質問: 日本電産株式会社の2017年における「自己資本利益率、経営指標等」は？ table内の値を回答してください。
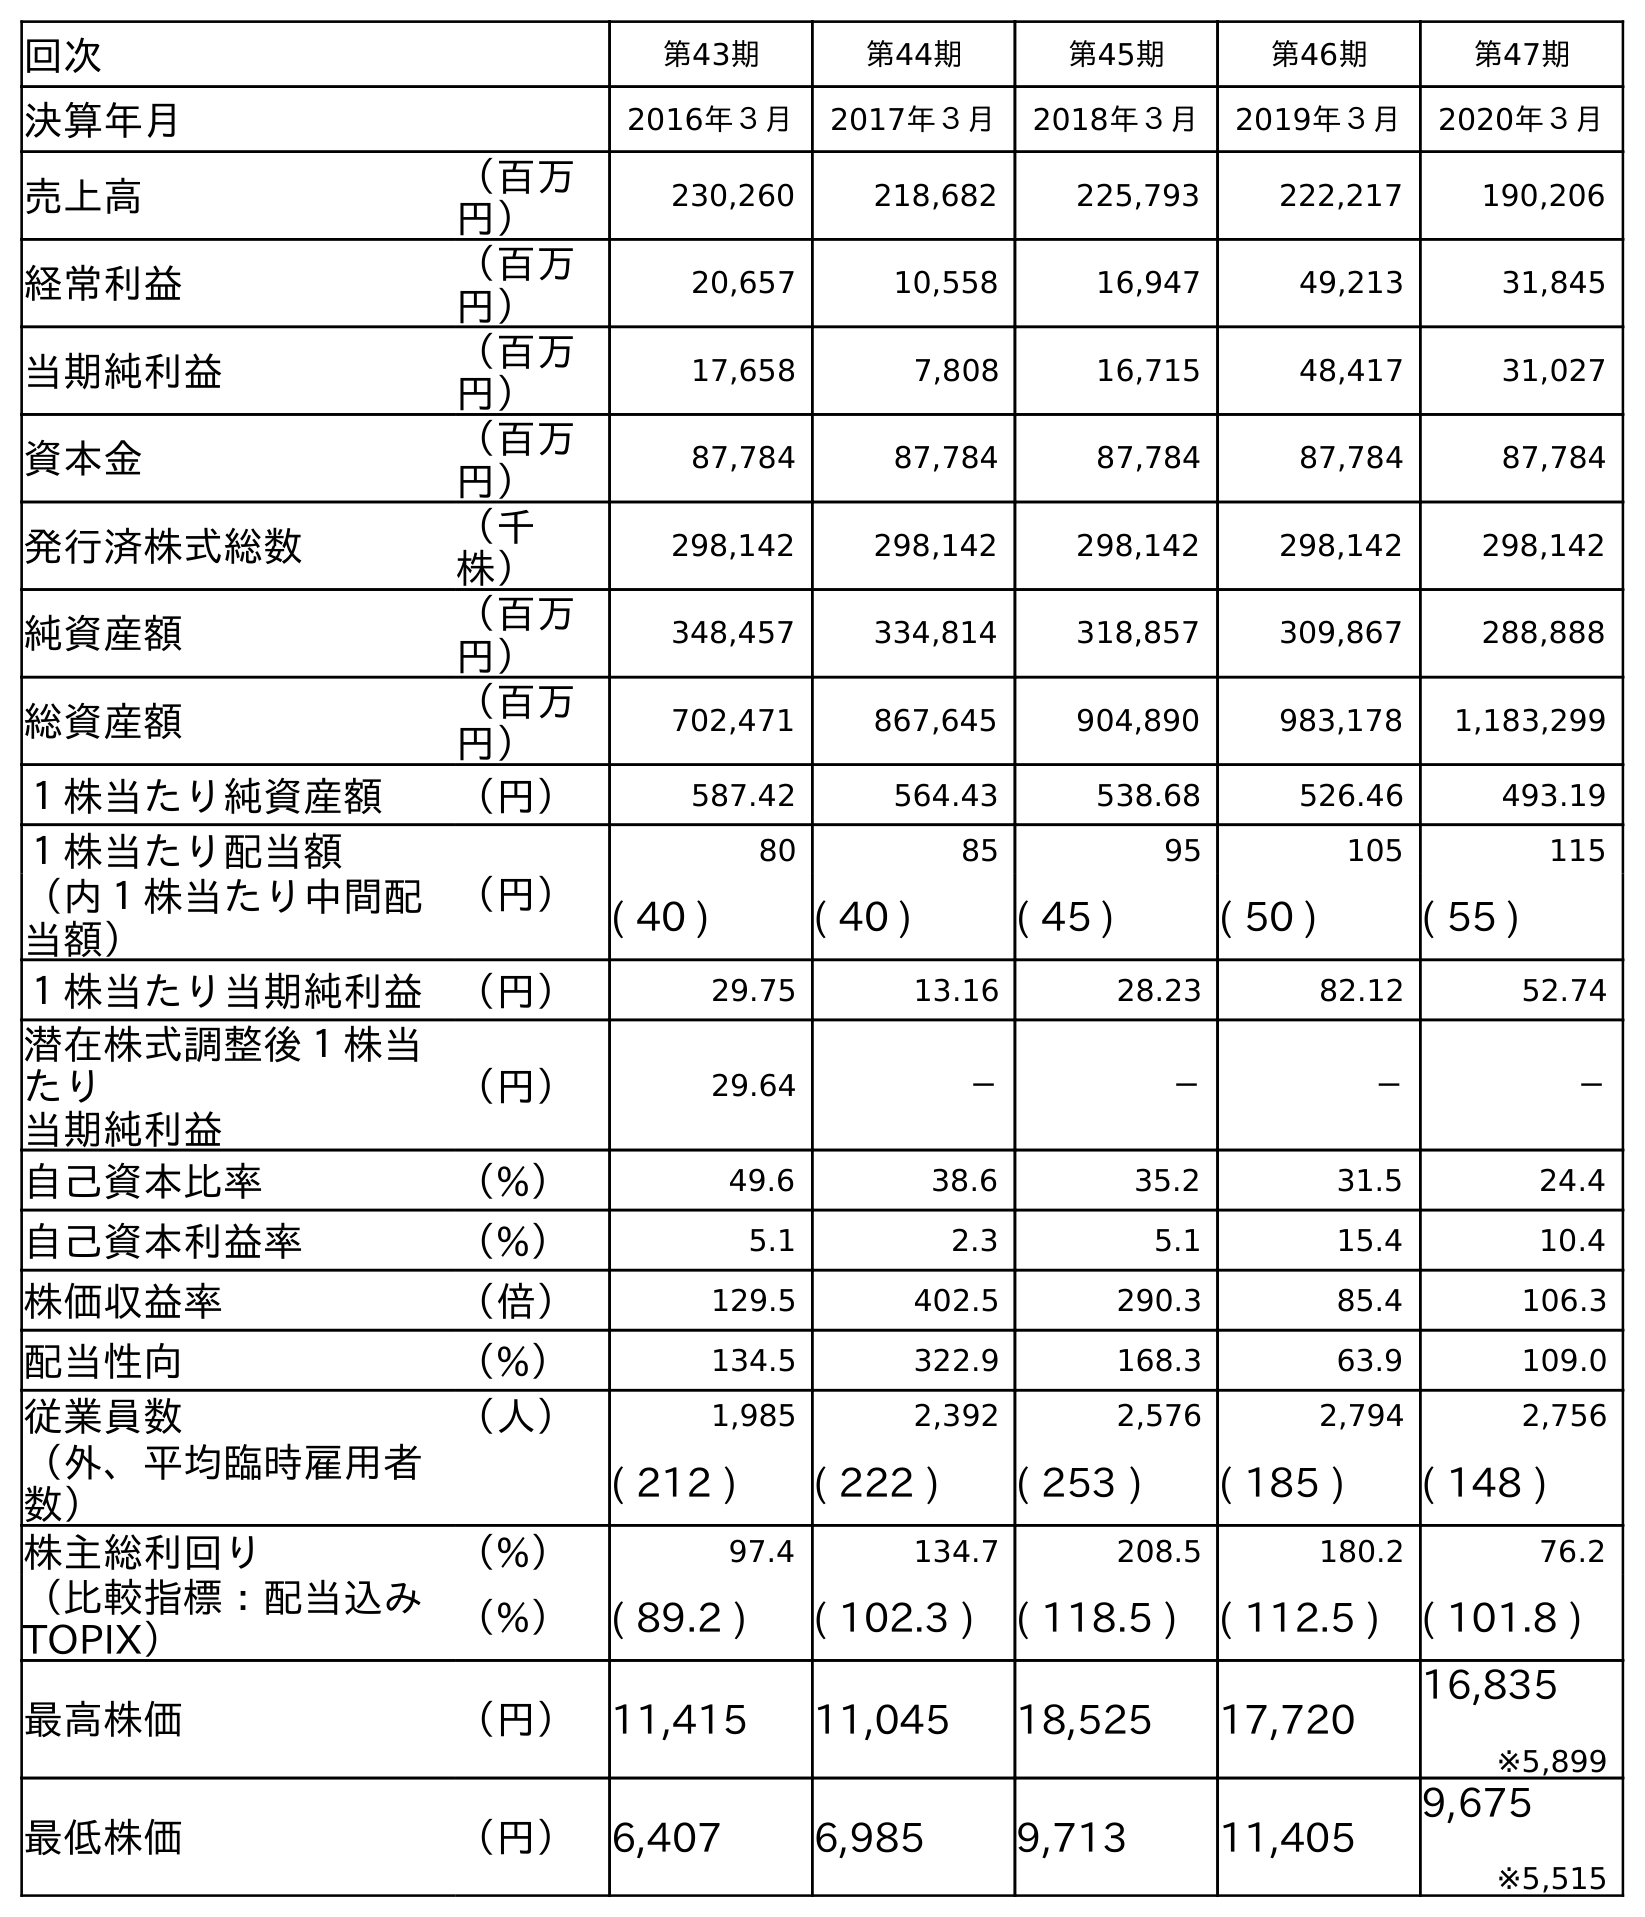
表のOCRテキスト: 回次 第43期 第44期 第45期 第46期 第47期 決算年月 2016年３月 2017年３月 2018年３月 2019年３月 2020年３月 売上高 （百万 円） 230,260 218,682 225,793 222,217 190,206 経常利益 （百万 円） 20,657 10,558 16,947 49,213 31,845 当期純利益 （百万 円） 17,658 7,808 16,715 48,417 31,027 資本金 （百万 円） 87,784 87,784 87,784 87,784 87,784 発行済株式総数 （千 株） 298,142 298,142 298,142 298,142 298,142 純資産額 （百万 円） 348,457 334,814 318,857 309,867 288,888 総資産額 （百万 円） 702,471 867,645 904,890 983,178 1,183,299 １株当たり純資産額 （円） 587.42 564.43 538.68 526.46 493.19 １株当たり配当額 （円） 80 85 95 105 115 （内１株当たり中間配 当額） ( 40 ) ( 40 ) ( 45 ) ( 50 ) ( 55 ) １株当たり当期純利益 （円） 29.75 13.16 28.23 82.12 52.74 潜在株式調整後１株当 たり 当期純利益 （円） 29.64 － － － － 自己資本比率 （%） 49.6 38.6 35.2 31.5 24.4 自己資本利益率 （%） 5.1 2.3 5.1 15.4 10.4 株価収益率 （倍） 129.5 402.5 290.3 85.4 106.3 配当性向 （%） 134.5 322.9 168.3 63.9 109.0 従業員数 （人） 1,985 2,392 2,576 2,794 2,756 （外、平均臨時雇用者 数） ( 212 ) ( 222 ) ( 253 ) ( 185 ) ( 148 ) 株主総利回り （%） 97.4 134.7 208.5 180.2 76.2 （比較指標：配当込み TOPIX） （%） ( 89.2 ) ( 102.3 ) ( 118.5 ) ( 112.5 ) ( 101.8 ) 最高株価 （円） 11,415 11,045 18,525 17,720 16,835 ※5,899 最低株価 （円） 6,407 6,985 9,713 11,405 9,675 ※5,515
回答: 2.3